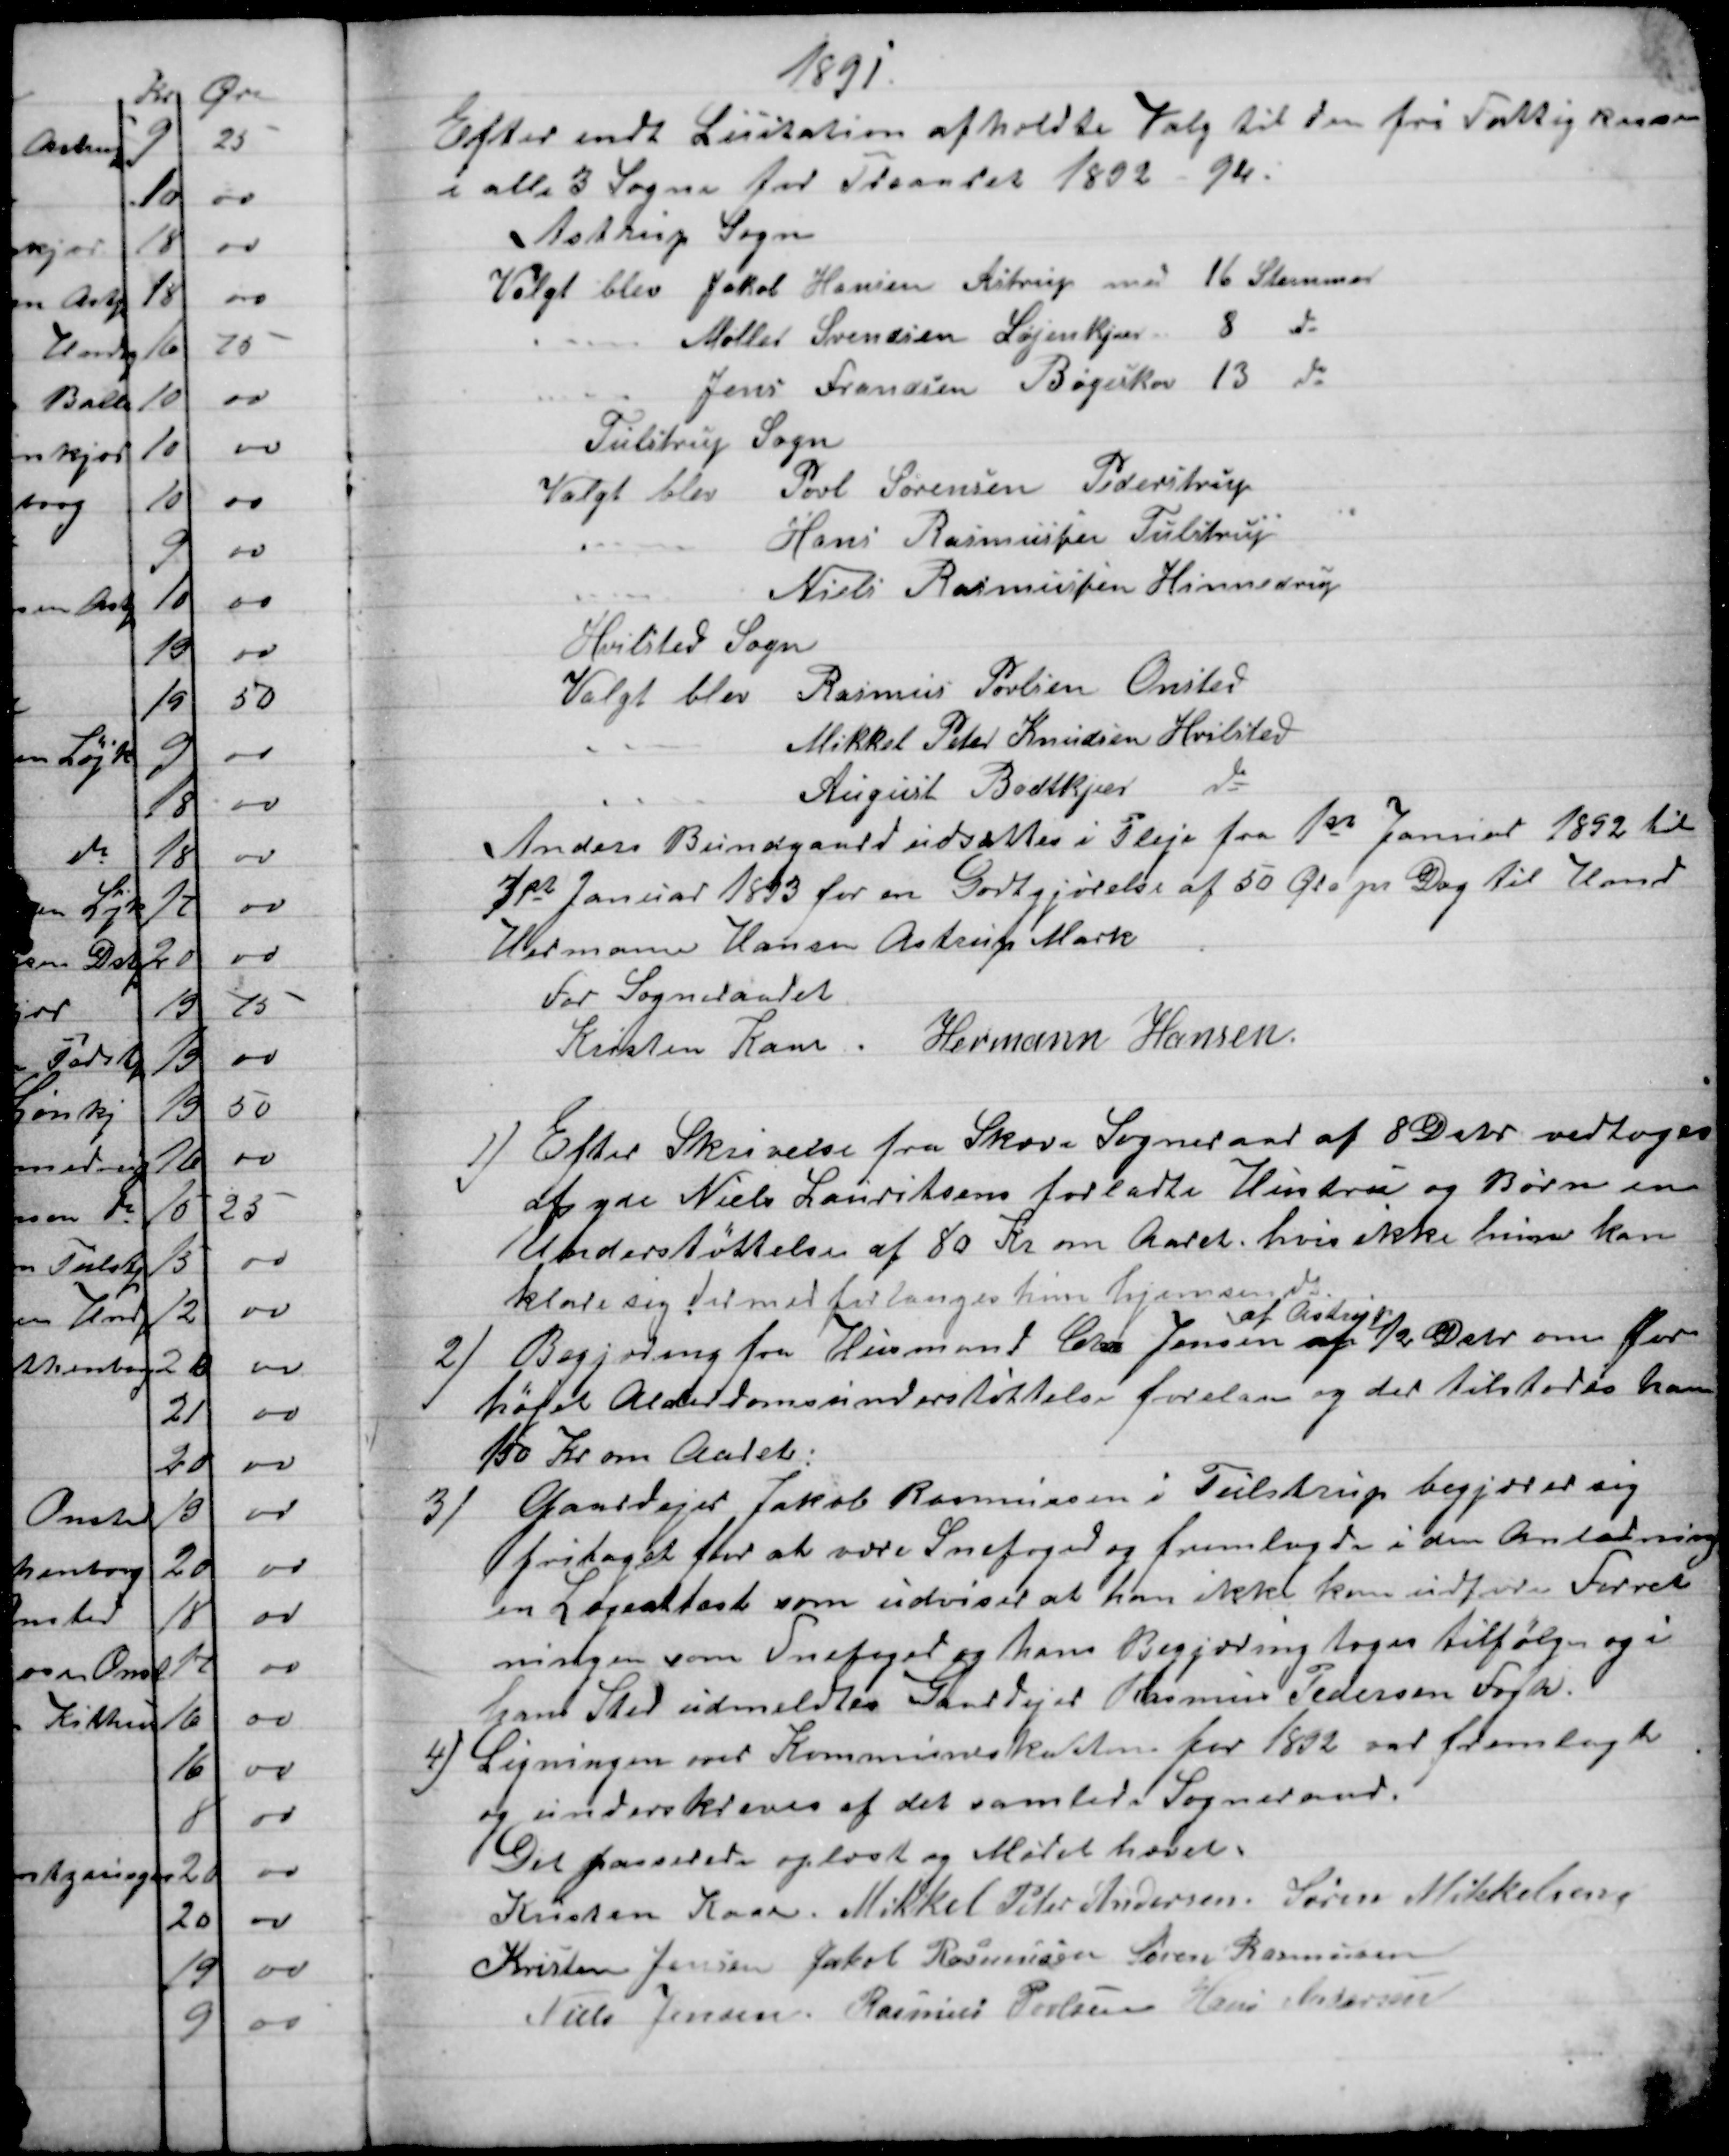
Transskription:
1891
Efter endt Licitation afholdte Valg til den fri Fattigkasse
i alle 3 Sogne for Treaaret 1892 - 94.
Astrup Sogn
Valgt blev Jakob Hansen Astrup med 16 Stemmer
Møller Svendsen Løjenkjær 8 do
Jens Frandsen Bøgeskov 13 do
Tulstrup Sogn
Valgt blev
Povl Sørensen Pederstrup
Hans Rasmussen Tulstrup
Niels Rasmussen Hinnedrup
Hvilsted Sogn
Valgt blev
Rasmus Povlsen Onsted
Mikkel Peter Knudsen Hvilsted
August Bodtkjær do
Anders Bundgaard udsattes i Pleje fra 1st Januar 1892 til
1st Januar 1893 for en Godtgjørelse af 50 Øre pr. Dag til Hmd
Hermann Hansen Astrup Mark
For Sogneraadet
Kristen Kaae. Hermann Hansen
1) 
Efter Skrivelse fra Skæve Sogneraad af 8 Debr. vedtoges
af yde Niels Lauritsens forladte Hustru og Børn en
Understøttelse af 80 Kr om Aaret, hvis ikke hun kan
klare sig dermed forlanges hun hjemsendt.
2)
Begjæring fra Husmand Chr. Jensen 
af Astrup.
af 12 Debr. om for-
højet Alderdomsunderstøttelse forelaa og der tilstodes ham
150 Kr om Aaret.
3)
Gaardejer Jakob Rasmussen i Tulstrup begjærer sig
fritaget for at være Snefoged og fremlagde i den Anledning
en Lægeattest som udviser at han ikke kan udføre Forret
ningen som Snefoged og hans Begjæring toges tilfølge og i
hans Sted udmeldtes Gaardejer Rasmus Pedersen Fogh.
4)
Ligningen over Kommuneskatten for 1892 var fremlagt
og underskreves af det samlede Sogneraad.
Det passerede oplæst og Mødet hævet.
Kristen Kaae. Mikkel Peter Andersen. Søren Mikkelsen
Kristen Jensen Jakob Rasmussen Søren Rasmussen
Niels Jensen. Rasmus Povlsen Hans Andersen